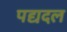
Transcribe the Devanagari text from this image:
पद्यदल